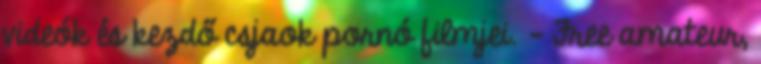
videók és kezdő csjaok pornó filmjei. - Free amateur,